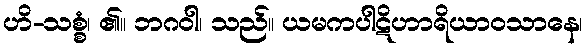
ဟိ-သစ္စံ၊ ၏။ ဘဂဝါ၊ သည်။ ယမကပါဋိဟာရိယာဝသာနေ၊